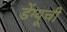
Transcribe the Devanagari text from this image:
डेंग्यूची